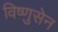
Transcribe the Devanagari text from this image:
विष्णुसेन